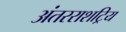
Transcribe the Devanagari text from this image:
अंतरराशट्रिय